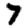
Digit: 7